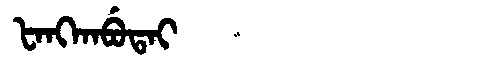
Manchu: ᡶᠠᠩᡴᠠᠪᡠᡨᠠᡳ
Romanization: FANGKABUTAI